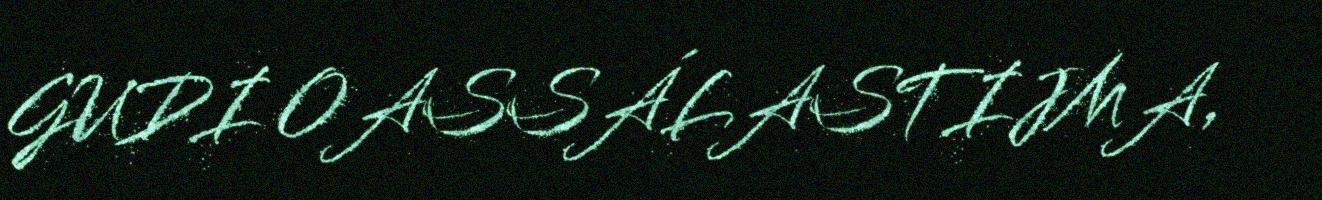
GUDI OASSÁLASTIJMA,